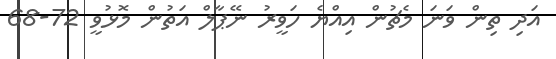
އަދި ތިން ވަނަ މެޗުން އިއްޔެ ހަވީރު ނޭޕާލް އަތުން މޮޅުވީ 72-68